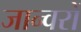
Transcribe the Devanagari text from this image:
जान्वरों